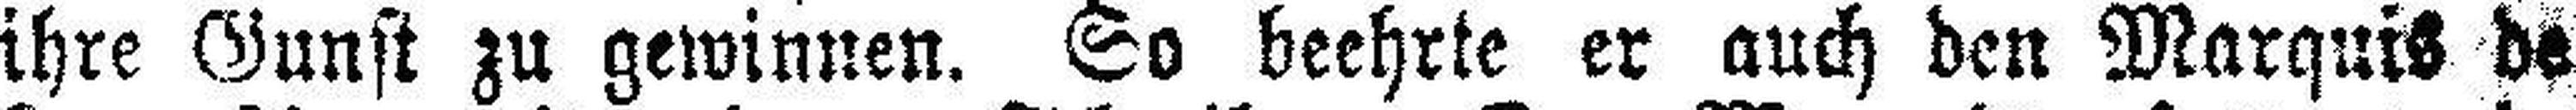
ihre Gunst zu gewinnen. So beehrte er auch den Marquis de